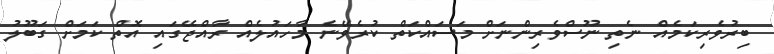
ބިރުވެރިކަމެއް ނެތި ނޫސްވެރިންނަށް މަސައްކަތް ކުރެވޭނެ މާހައުލެއް ރާއްޖޭގައި އޮތް ކަމަށް ގަބޫލު